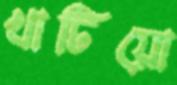
খাটিয়ো